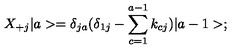
X _ { + j } \vert a > = \delta _ { j a } ( \delta _ { 1 j } - \sum _ { c = 1 } ^ { a - 1 } k _ { c j } ) \vert a - 1 > ;